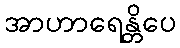
အာဟာရေန္တိပေ